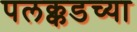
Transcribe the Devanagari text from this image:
पलक्कडच्या